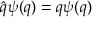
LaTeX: { \hat { q } } \psi ( q ) = q \psi ( q )